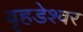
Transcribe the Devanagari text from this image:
बृहडेश्वर